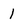
Character: 1